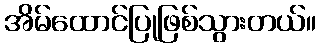
အိမ်ထောင်ပြုဖြစ်သွားတယ်။